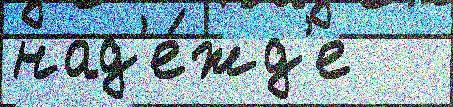
над'е́жд'е